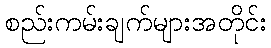
စည်းကမ်းချက်များအတိုင်း